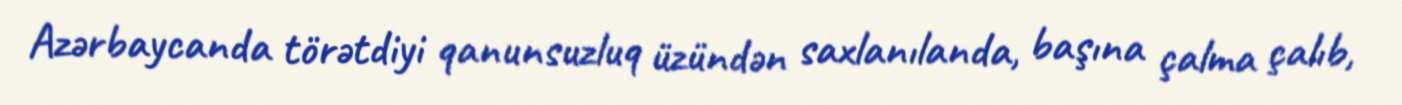
Azərbaycanda törətdiyi qanunsuzluq üzündən saxlanılanda, başına çalma çalıb,